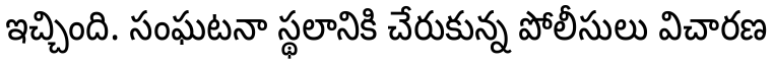
ఇచ్చింది. సంఘటనా స్థలానికి చేరుకున్న పోలీసులు విచారణ